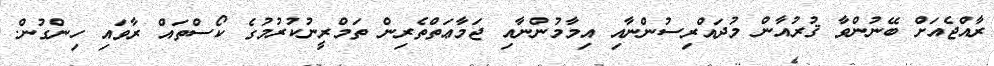
ރާއްޖެއަށް ބޭނުންވާ ޤުރުއާން މުދައްރިސުންނާއި އިމާމުންނާއި ޖަމާޢަތްތެރިން ތަމްރީނުކުރުމުގެ ކޯސްތައް ރާވައި ހިންގުން.